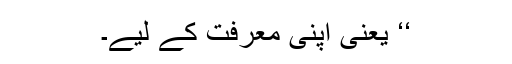
‘‘ یعنی اپنی معرفت کے لیے۔